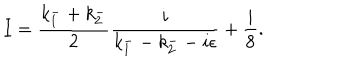
I = \frac { k _ { 1 } ^ { - } + k _ { 2 } ^ { - } } { 2 } \frac { i } { k _ { 1 } ^ { - } - k _ { 2 } ^ { - } - i \epsilon } + \frac { i } { 8 } .